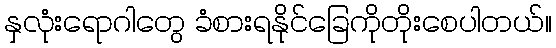
နှလုံးရောဂါတွေ ခံစားရနိုင်ခြေကိုတိုးစေပါတယ်။